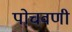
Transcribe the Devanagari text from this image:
पोचवणी